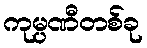
ကုမ္ပဏီတစ်ခု